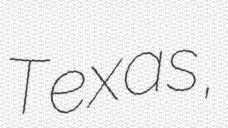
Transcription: Texas,